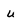
Character: u